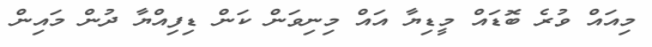
މިއައް ވުރެ ބޮޑައް މީޑިޔާ އައް މިނިވަން ކަން ޑިފިއްޔާ ދުން މައިން